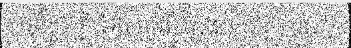
សេដ្ឋកិច្ច កីឡា អប់រំ ផ្សេងៗ ព្រឹត្តិការណ៍